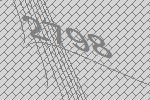
2798